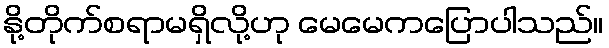
နို့တိုက်စရာမရှိလို့ဟု မေမေကပြောပါသည်။